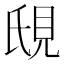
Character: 𬡼